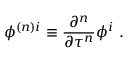
\phi ^ { { ( n ) } i } \equiv \frac { \partial ^ { n } } { \partial \tau ^ { n } } \phi ^ { i } \ .